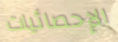
الإحصائيات